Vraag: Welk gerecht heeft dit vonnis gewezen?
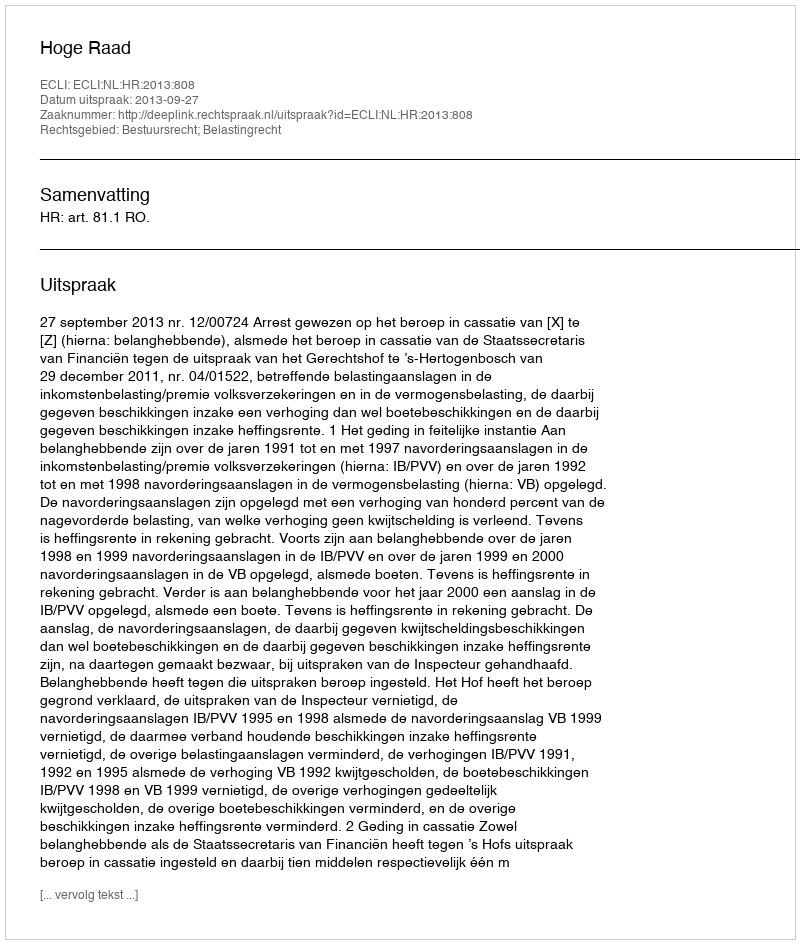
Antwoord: Hoge Raad